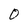
Character: O